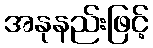
အနုနည်းဖြင့်